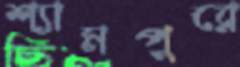
শ্যামপুরে